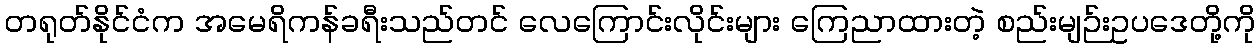
တရုတ်နိုင်ငံက အမေရိကန်ခရီးသည်တင် လေကြောင်းလိုင်းများ ကြေညာထားတဲ့ စည်းမျဉ်းဥပဒေတို့ကို